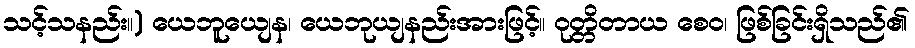
သင့်သနည်း။) ယေဘူယျေန၊ ယေဘုယျနည်းအားဖြင့်။ ဝုတ္တိတာယ စေဝ၊ ဖြစ်ခြင်းရှိသည်၏